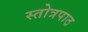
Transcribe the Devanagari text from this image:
स्तोत्रपाठ